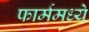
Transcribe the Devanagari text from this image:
फार्ममध्ये